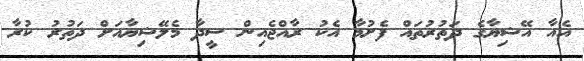
އެއާ އޭޝިޔާގެ ދަތުރުތައް ފެށުމާ އެކު ރާއްޖެއިން ސީދާ މެލޭޝިޔާއަށް ދަތުރު ކުރާ